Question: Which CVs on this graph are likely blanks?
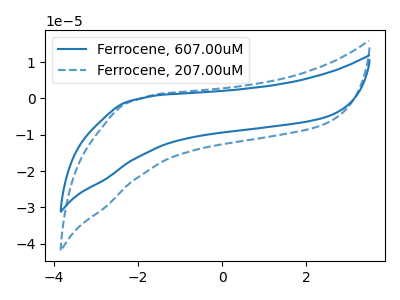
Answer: <think>The blue curve "Ferrocene, 607.00uM" has no peaks. The blue dashed curve "Ferrocene, 207.00uM" has no peaks.</think>
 <answer>"Ferrocene, 607.00uM" and "Ferrocene, 207.00uM" are likely to be blanks.</answer>
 <eval>"Ferrocene, 607.00uM", "Ferrocene, 207.00uM"</eval>